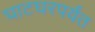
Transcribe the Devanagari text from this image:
घाटघरपर्यंत